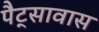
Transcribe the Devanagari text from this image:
पैट्सावास